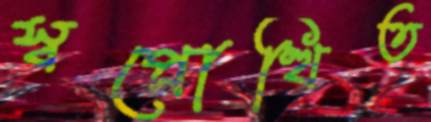
স্বপ্নোত্থিত